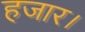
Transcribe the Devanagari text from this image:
हजार।